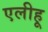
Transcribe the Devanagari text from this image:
एलीहू